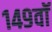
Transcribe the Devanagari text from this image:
१४९वॉ